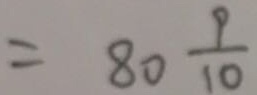
= 8 0 \frac { 9 } { 1 0 }